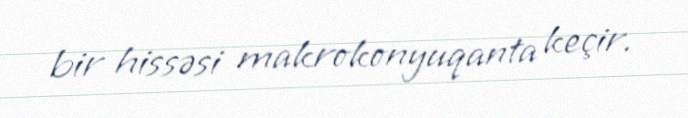
bir hissəsi makrokonyuqanta keçir.